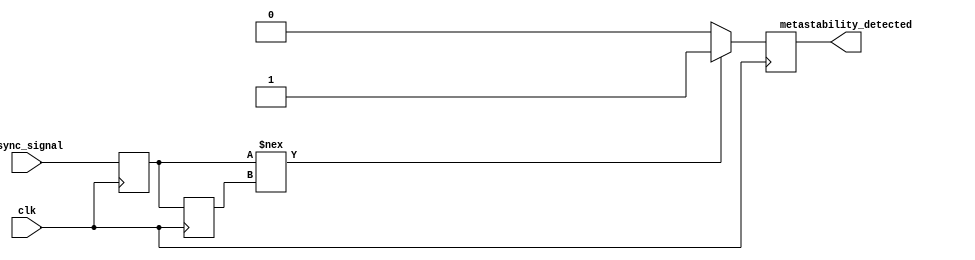
module metastability_detector (
    input wire clk,              // Clock signal
    input wire async_signal,     // Asynchronous input signal
    output reg metastability_detected // Metastability indicator output
);

    // Internal signals for the two flip-flops
    reg ff1_out;                // Output of the first flip-flop
    reg ff2_out;                // Output of the second flip-flop

    // First flip-flop to sample the asynchronous input
    always @(posedge clk) begin
        ff1_out <= async_signal;
    end

    // Second flip-flop to sample the output of the first flip-flop
    always @(posedge clk) begin
        ff2_out <= ff1_out;
    end

    // Metastability detection logic
    always @(posedge clk) begin
        // If the outputs of the two flip-flops are different, indicate metastability
        if (ff1_out !== ff2_out) begin
            metastability_detected <= 1'b1; // Metastable condition detected
        end else begin
            metastability_detected <= 1'b0; // No metastable condition
        end
    end

endmodule